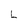
Character: L